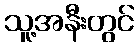
သူ့အနီးတွင်